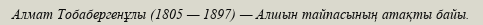
Алмат Тобабергенұлы (1805 — 1897) — Алшын тайпасының атақты байы.